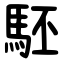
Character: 駓